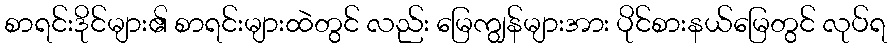
စာရင်းဒိုင်များ၏ စာရင်းများထဲတွင် လည်း မြေကျွန်များအား ပိုင်စားနယ်မြေတွင် လုပ်ရ